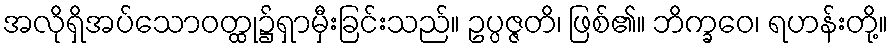
အလိုရှိအပ်သောဝတ္ထု၌ရှာမှီးခြင်းသည်။ ဥပ္ပဇ္ဇတိ၊ ဖြစ်၏။ ဘိက္ခဝေ၊ ရဟန်းတို့။